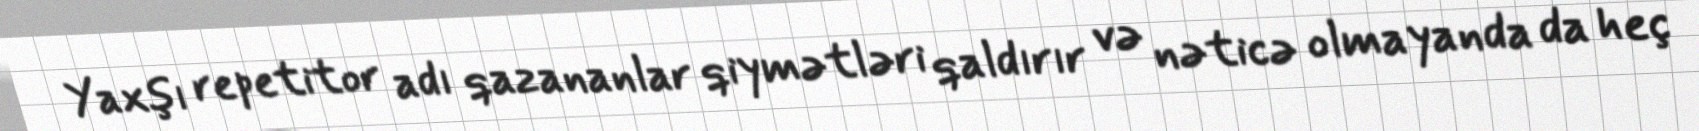
Yaxşı repetitor adı qazananlar qiymətləri qaldırır və nəticə olmayanda da heç